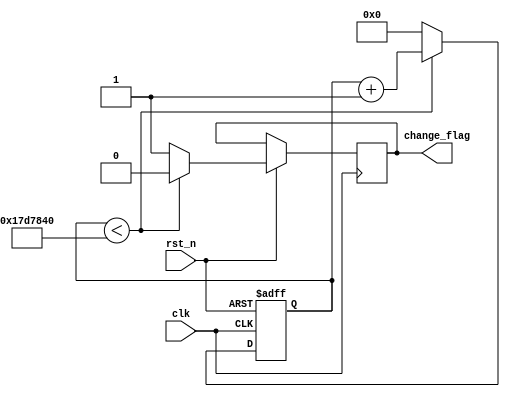
module time_count(
    input           clk,
    input           rst_n,
    
    output  reg     change_flag
);


reg [27:0] cnt;

always @ (posedge clk or negedge rst_n) begin
    if(!rst_n)
        cnt <= 28'd0;
    else if(cnt < 28'd25_000_000) begin
        cnt <= cnt + 1'b1;
        change_flag <= 1'b0;
    end
    else begin
        cnt <= 28'd0;
        change_flag <= 1'b1;
    end         
end

endmodule